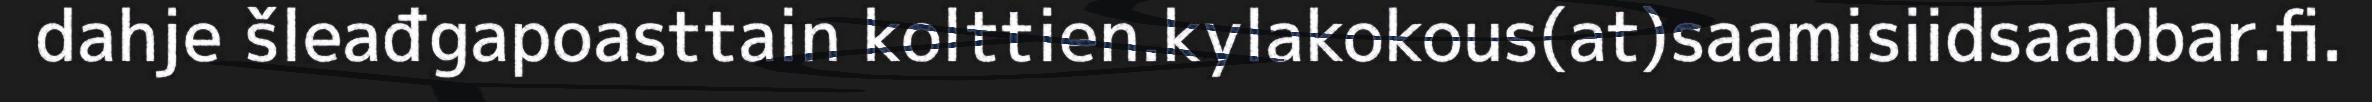
dahje šleađgapoasttain kolttien.kylakokous(at)saamisiidsaabbar.fi.